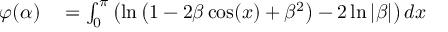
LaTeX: \| f \| _ { p , w } = \operatorname* { s u p } _ { t > 0 } ~ t \lambda _ { f } ^ { 1 / p } ( t ) .